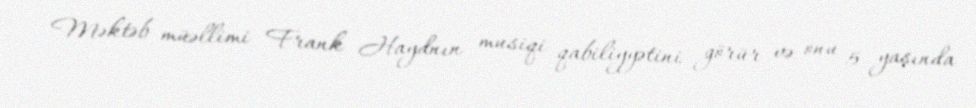
Məktəb müəllimi Frank Haydnın musiqi qabiliyyətini görür və onu 5 yaşında